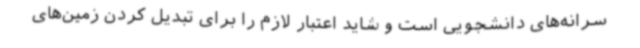
سرانه‌های دانشجویی است و شاید اعتبار لازم را برای تبدیل کردن زمین‌های